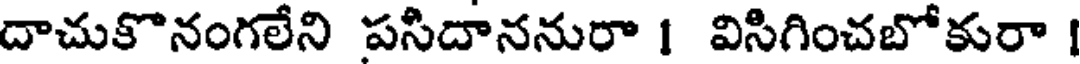
దాచుకొనంగలేని పసిదాననురా 1 విసిగించబోకురా |